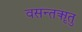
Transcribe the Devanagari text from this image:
वसन्तॠतु